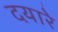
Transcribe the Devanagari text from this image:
दयारे